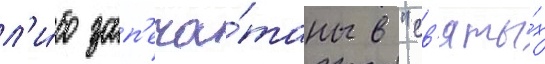
л'и́бо зап'еча́таны в "св'яты́х